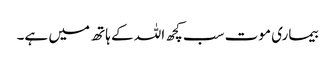
بیماری موت سب کچھ اللہ کے ہاتھ میں ہے۔